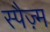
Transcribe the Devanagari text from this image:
स्पैज़्म